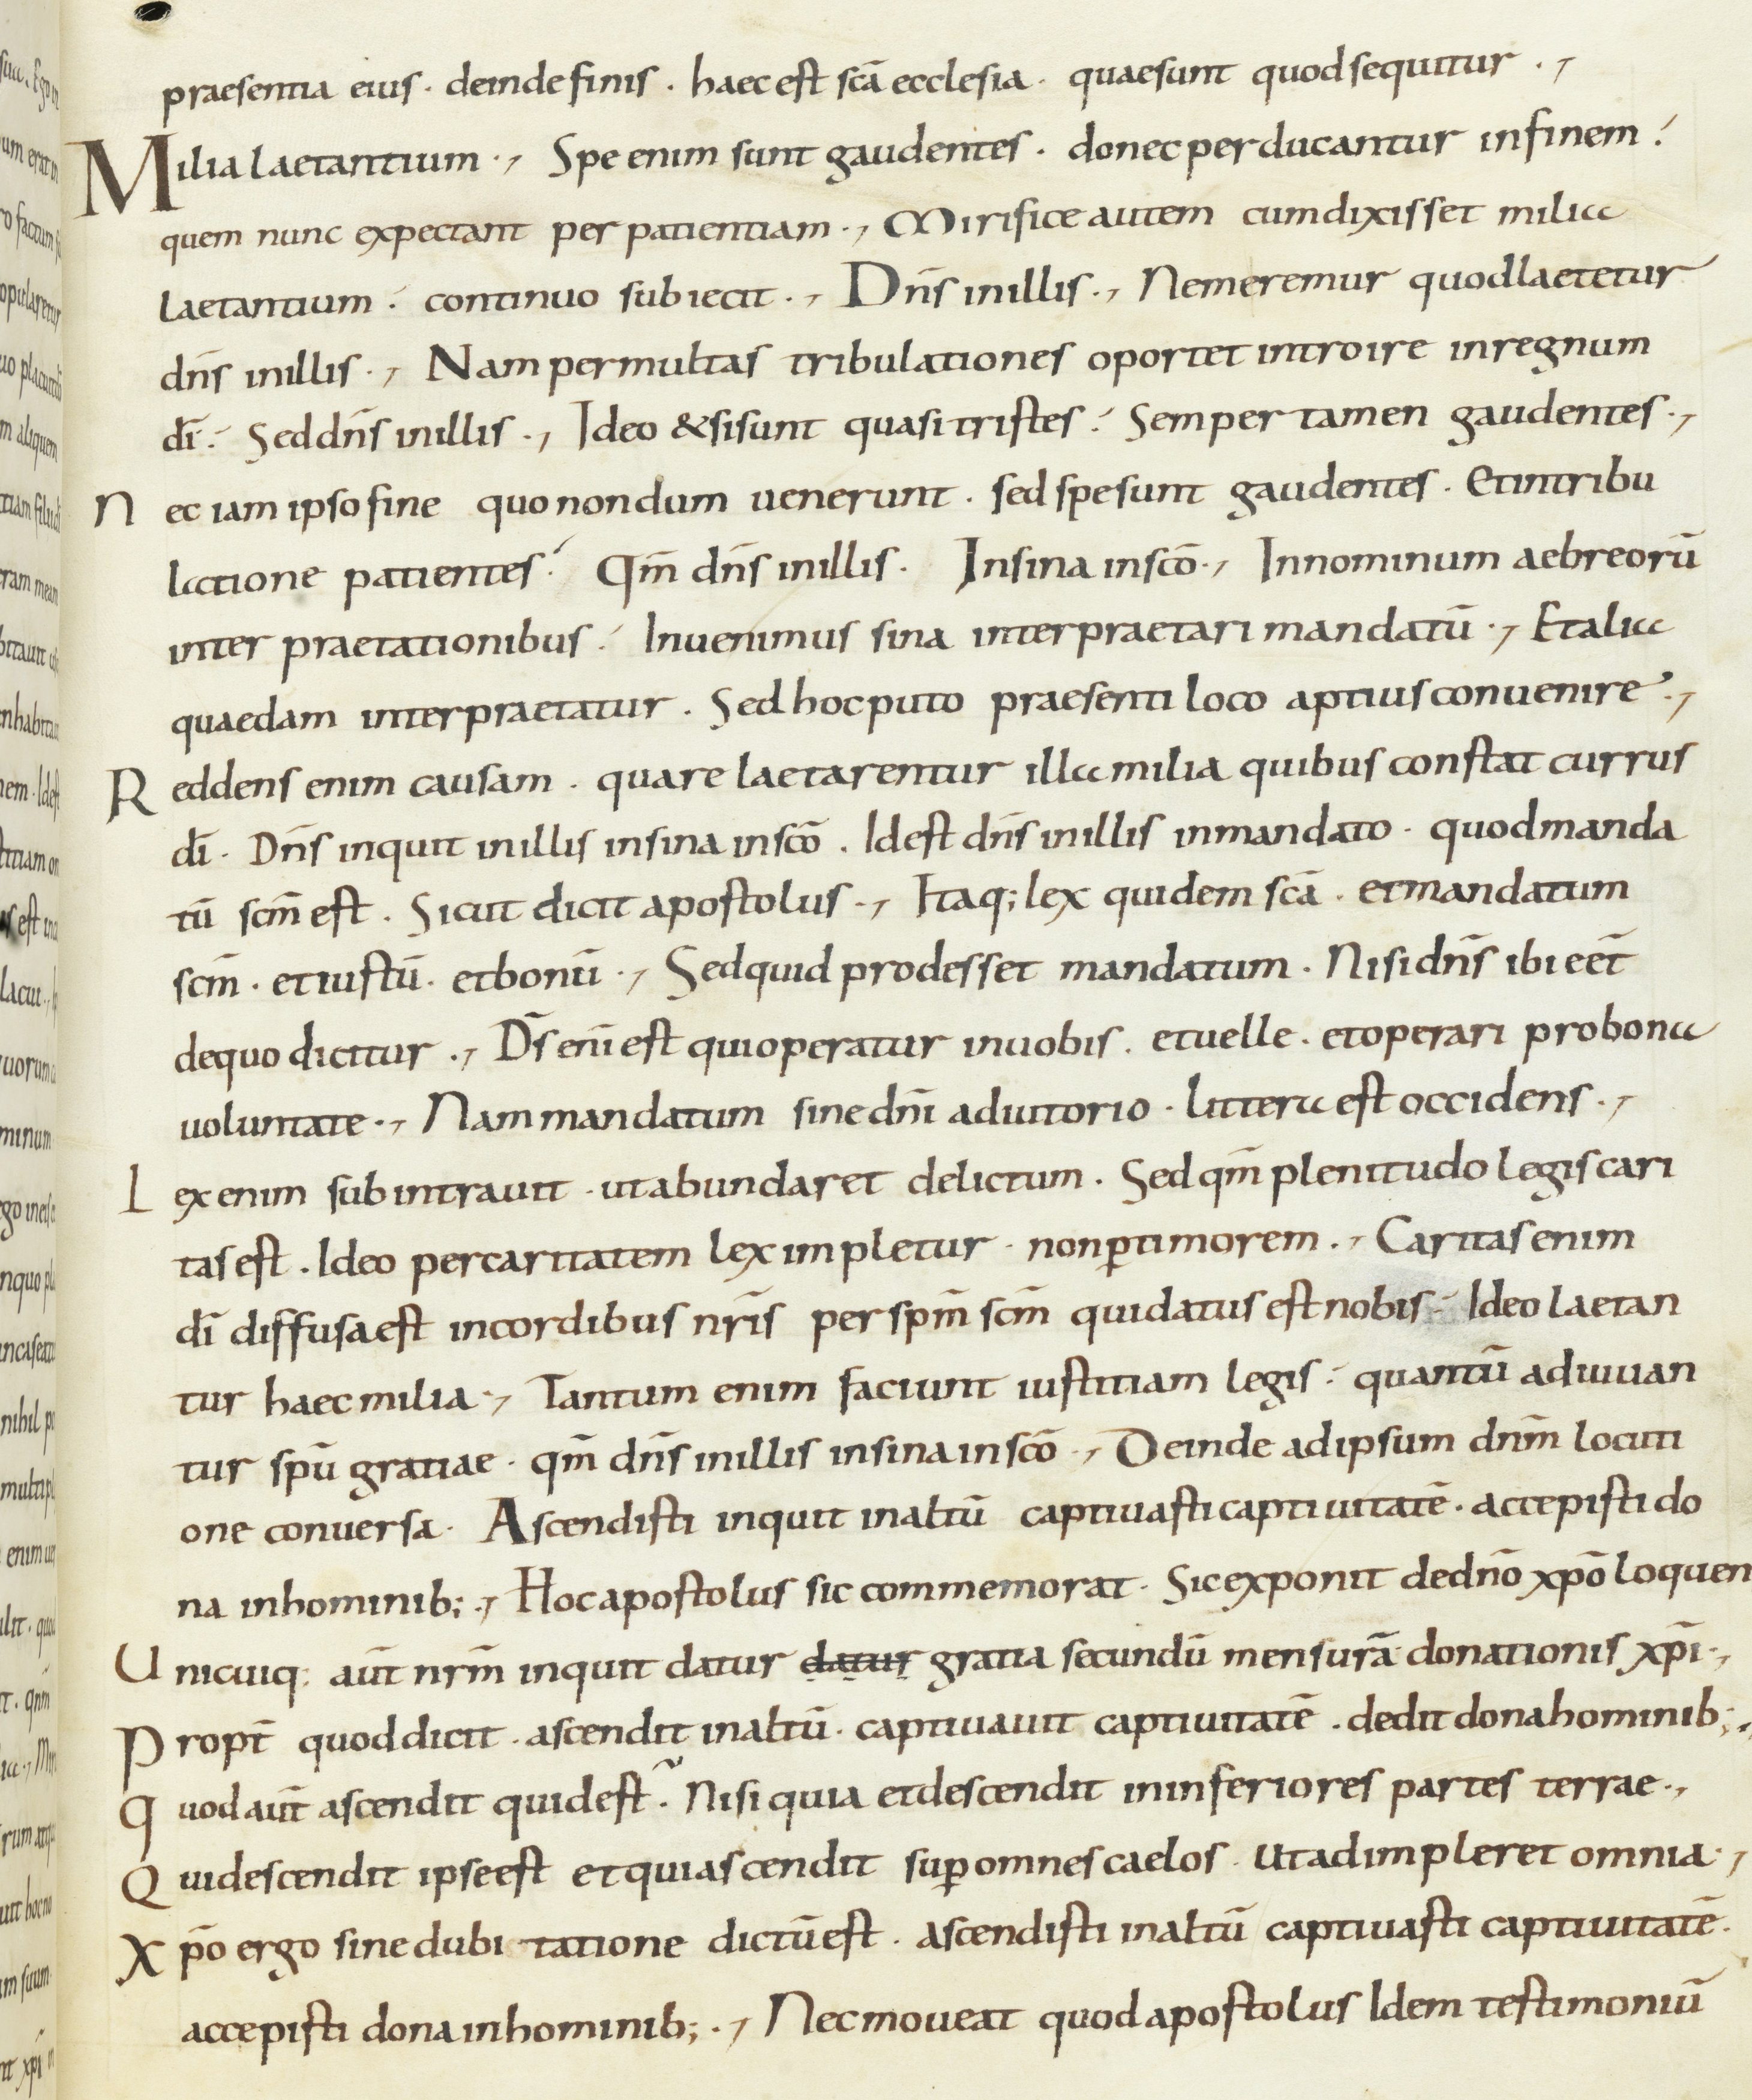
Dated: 800–899